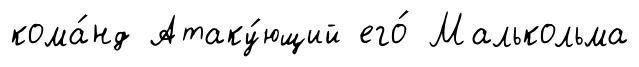
кома́нд Атаку́ющий его́ Малькольма